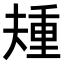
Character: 𫯰